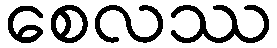
စေလဿ